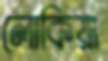
লোকিয়া